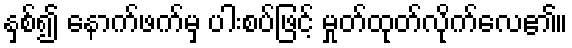
နှစ်၍ နောက်ဖက်မှ ပါးစပ်ဖြင့် မှုတ်ထုတ်လိုက်လေ၏။